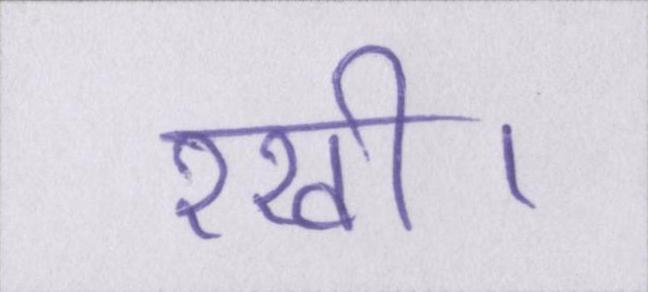
रखी।